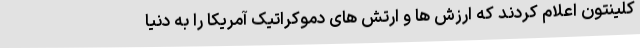
کلینتون اعلام کردند که ارزش ها و ارتش های دموکراتیک آمریکا را به دنیا